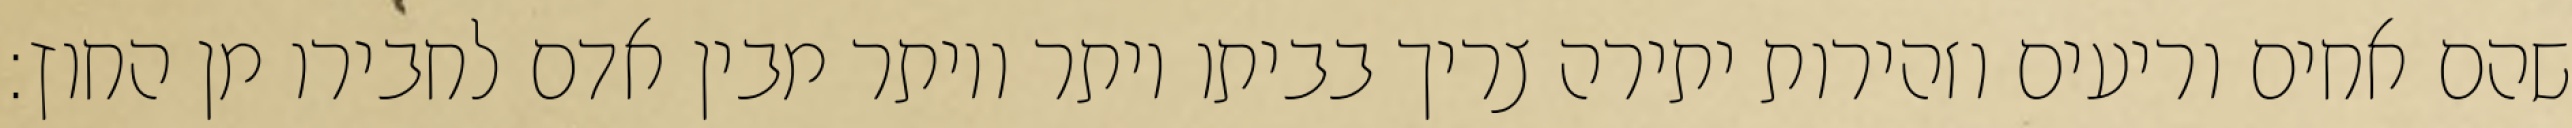
שהם אחים וריעים וזהירות יתירה צריך בביתו יותר ויותר מבין אדם לחבירו מן החוץ: